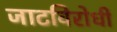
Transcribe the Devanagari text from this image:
जाटविरोधी